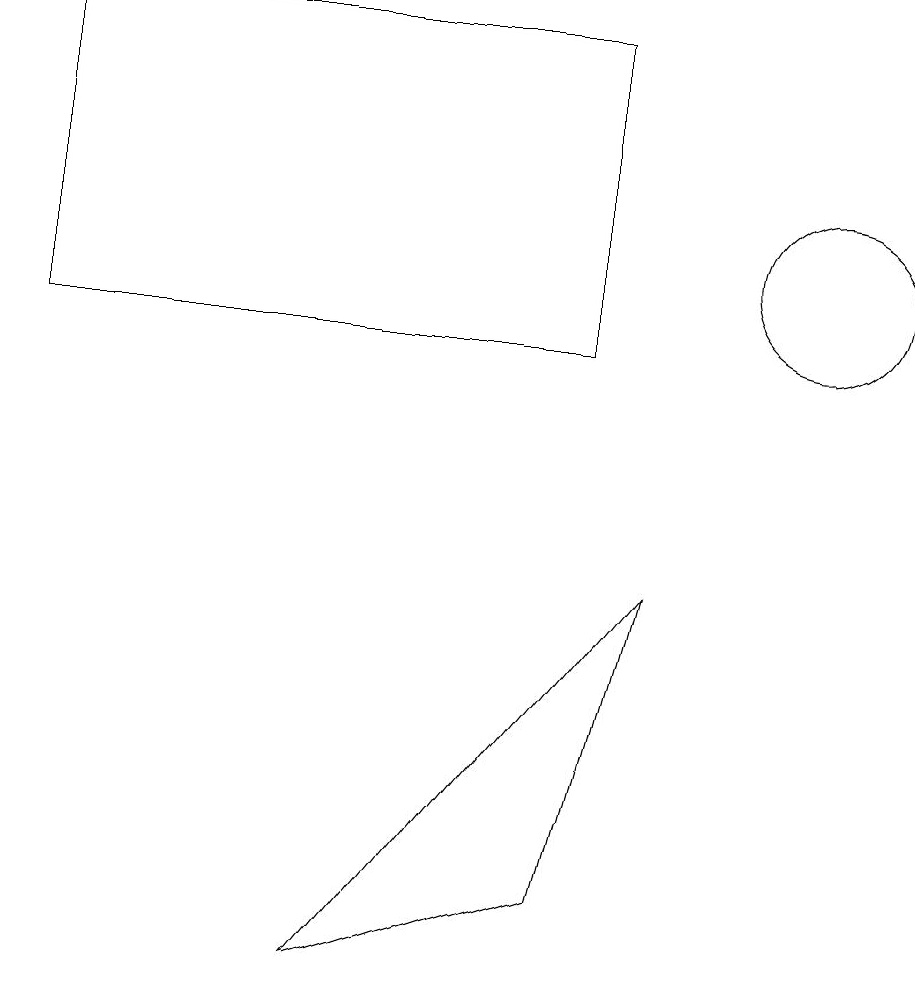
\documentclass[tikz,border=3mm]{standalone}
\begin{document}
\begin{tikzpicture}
\draw (11,11) circle (1);
\draw (8,14) rectangle (1,10);
\draw (8,3) -- (5,2) -- (9,7) -- cycle;
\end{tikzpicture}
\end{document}